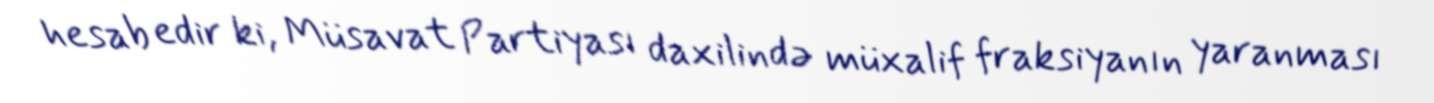
hesab edir ki, Müsavat Partiyası daxilində müxalif fraksiyanın yaranması